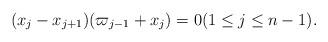
LaTeX: \begin{align*} (x_j - x_{j+1} ) (\varpi_{j-1} + x_j )= 0 (1\le j\le n-1).\end{align*}